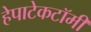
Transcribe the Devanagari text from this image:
हेपाटेकटॉमी